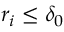
r _ { i } \leq \delta _ { 0 }